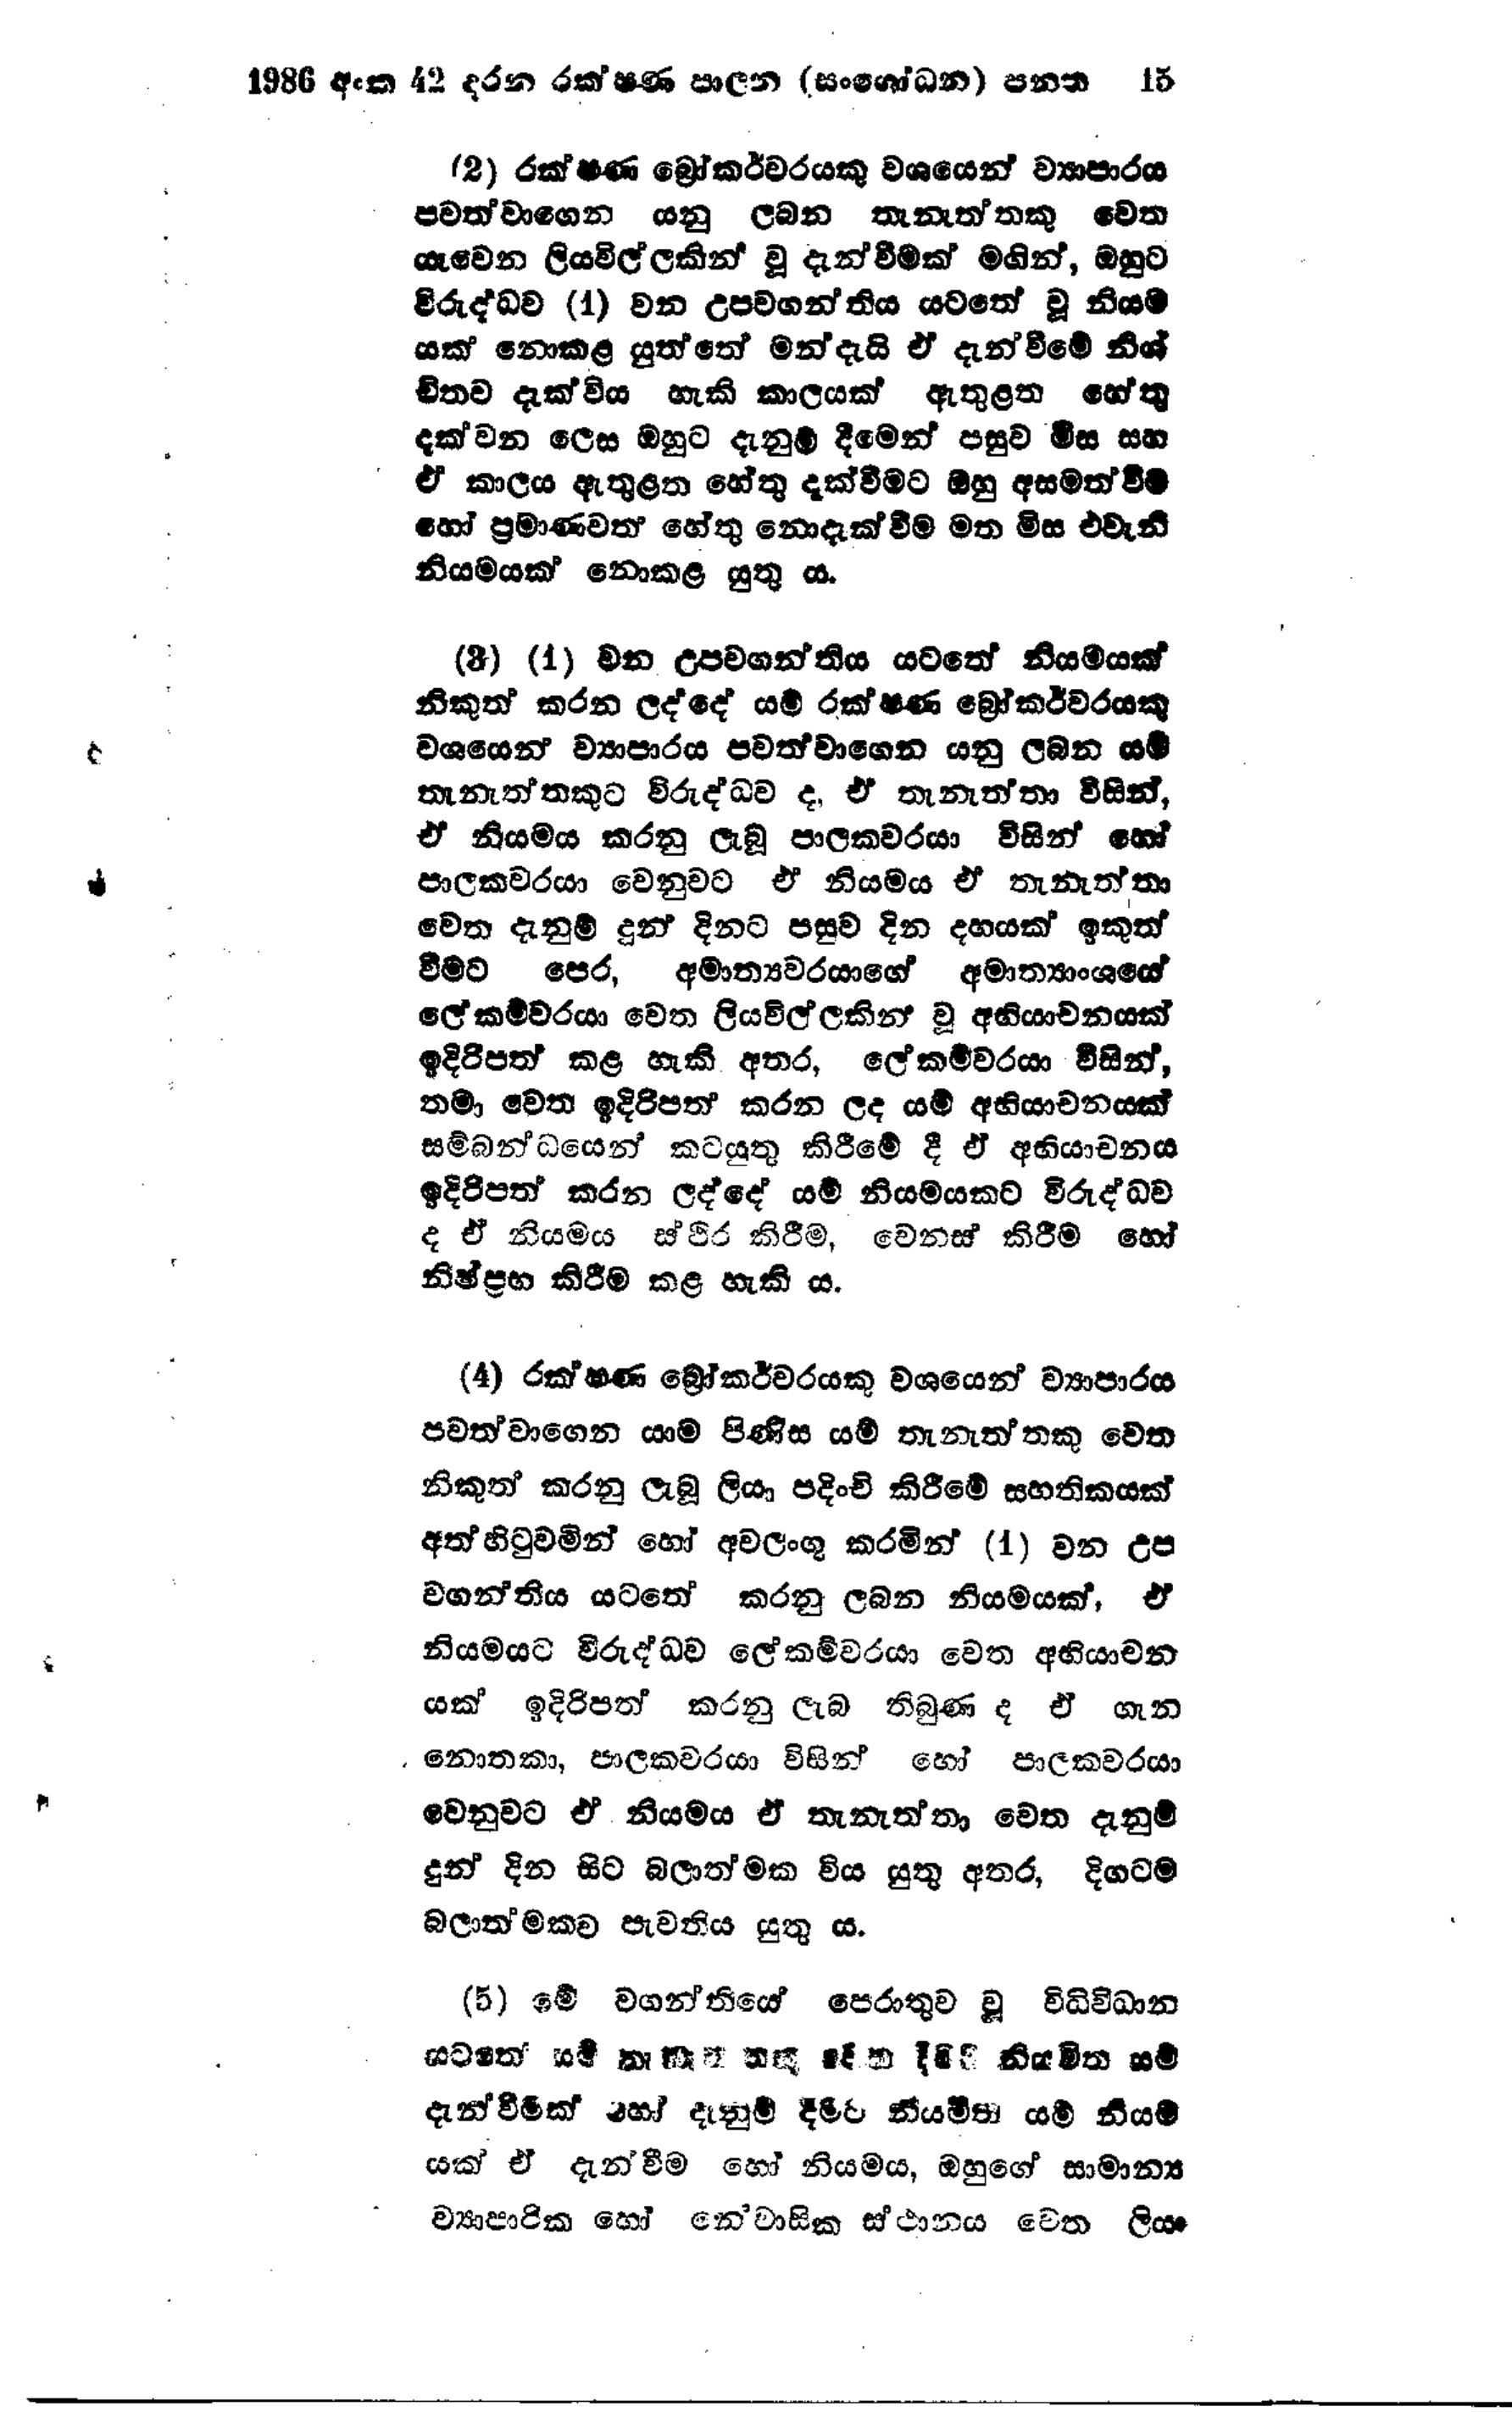
1986 අංක 42 දරන රක්ෂණ පාලන (සංශෝධන) පනත 15

(2) රක්ෂණ බ්‍රෝකර්වරයකු වශයෙන් ව්‍යාපාරය
පවත්වාගෙන යනු ලබන තැනැත්තකු වෙත
යැවෙන ලියවිල්ලකින් වූ දැන්වීමක් මගින්, ඔහුට
විරුද්ධව (1) වන උපවගන්තිය යටතේ වූ නියම
යක් නොකළ යුත්තේ මන්දැයි ඒ දැන්වීමේ නිශ්
චිතව දැක්විය හැකි කාලයක් ඇතුළත හේතු
දක්වන ලෙස ඔහුට දැනුම් දීමෙන් පසුව මිස සහ
ඒ කාලය ඇතුළත හේතු දැක්වීමට ඔහු අසමත් වීම
හෝ ප්‍රමාණවත් හේතු නොදැක්වීම මත මිස එවැනි
නියමයක් නොකළ යුතු ය.

(3) (1) වන උපවගන්තිය යටතේ නියමයක්
නිකුත් කරන ලද්දේ යම් රක්ෂණ බ්‍රෝකර්වරයකු
වශයෙන් ව්‍යාපාරය පවත්වාගෙන යනු ලබන යම්
තැනැත්තකුට විරුද්ධව ද, ඒ තැනැත්තා විසින්,
ඒ නියමය කරනු ලැබූ පාලකවරයා විසින් හෝ
පාලකවරයා වෙනුවට ඒ නියමය ඒ තැනැත්තා
වෙත දැනුම් දුන් දිනට පසුව දින දහයක් ඉකුත්
වීමට පෙර, අමාත්‍යවරයාගේ අමාත්‍යාංශයේ
ලේකම්වරයා වෙත ලියවිල්ලකින් වූ අභියාචනයක්
ඉදිරිපත් කළ හැකි අතර, ලේකම්වරයා විසින්,
තමා වෙත ඉදිරිපත් කරන ලද යම් අභියාචනයක්
සම්බන්ධයෙන් කටයුතු කිරීමේ දී ඒ අභියාචනය
ඉදිරිපත් කරන ලද්දේ යම් නියමයකට විරුද්ධව
ද ඒ නියමය ස්ථිර කිරීම, වෙනස් කිරීම හෝ
නිෂ්ප්‍රභ කිරීම කළ හැකි ය.

(4) රක්ෂණ බ්‍රෝකර්වරයකු වශයෙන් ව්‍යාපාරය
පවත්වාගෙන යාම පිණිස යම් තැනැත්තකු වෙත
නිකුත් කරනු ලැබූ ලියා පදිංචි කිරීමේ සහතිකයක්
අත් හිටුවමින් හෝ අවලංගු කරමින් (1) වන උප
වගන්තිය යටතේ කරනු ලබන නියමයක්, ඒ
නියමයට විරුද්ධව ලේකම්වරයා වෙත අභියාචන
යක් ඉදිරිපත් කරනු ලැබ තිබුණ ද ඒ ගැන
නොතකා, පාලකවරයා විසින් හෝ පාලකවරයා
වෙනුවට ඒ නියමය ඒ තැනැත්තා වෙත දැනුම්
දුන් දින සිට බලාත්මක විය යුතු අතර, දිගටම
බලාත්මකව පැවතිය යුතුය.

(5) මේ වගන්තියේ පෙරාතුව වූ විධිවිධාන
යටතේ යම් තැනැත්තකු වෙත දිමට නියමිත යම්
දැන්වීමක් හෝ දැනුම් දීමට නියමිත යම් නියම
යක් ඒ දැන්වීම හෝ නියමය, ඔහුගේ සාමාන්‍ය
ව්‍යාපාරික හෝ නේවාසික ස්ථානය වෙත ලියා